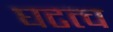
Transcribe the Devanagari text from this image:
घटत्च